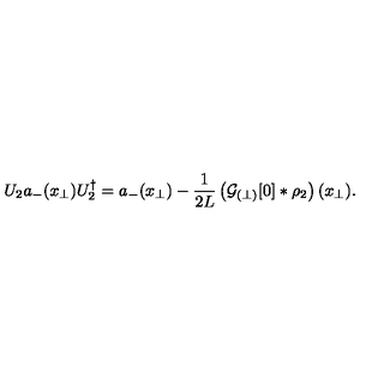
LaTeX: U _ { 2 } a _ { - } ( x _ { \perp } ) U _ { 2 } ^ { \dagger } = a _ { - } ( x _ { \perp } ) - \frac { 1 } { 2 L } \left( { \cal G } _ { ( \perp ) } [ 0 ] \ast \rho _ { 2 } \right) ( x _ { \perp } ) .